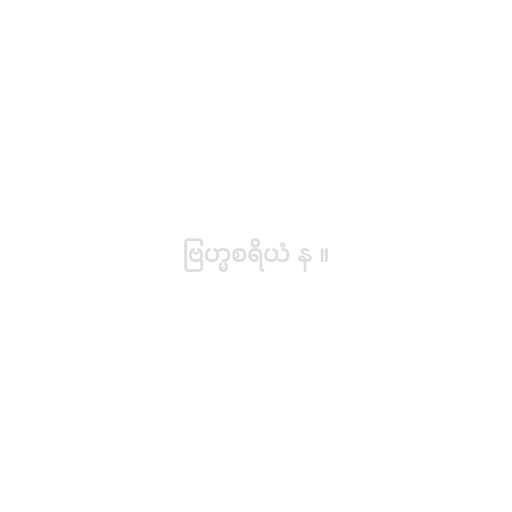
ဗြဟ္မစရိယံ န ။